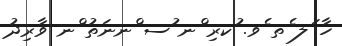
ހާ ަލ ެތ ެވ. ުކރި ްނ ުސ ްނނަތު ްނ ވާރިދު